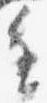
進